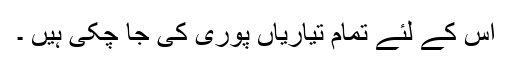
اس کے لئے تمام تیاریاں پوری کی جا چکی ہیں ۔